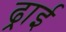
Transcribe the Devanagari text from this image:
ढ्राई